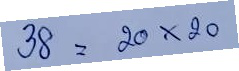
38 = 20x20